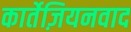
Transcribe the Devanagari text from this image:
कार्तेज़ियनवाद